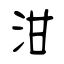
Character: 泔